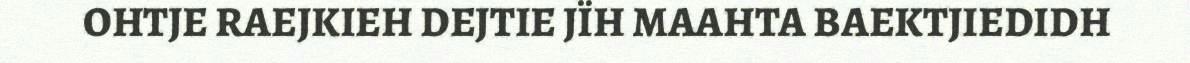
OHTJE RAEJKIEH DEJTIE JÏH MAAHTA BAEKTJIEDIDH